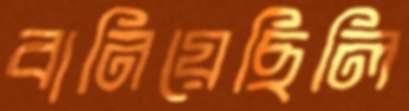
বানিয়েছিলি